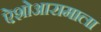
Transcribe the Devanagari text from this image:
ऐशोआरामाला